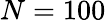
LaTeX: N=100